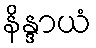
နိန္ဒာယံ